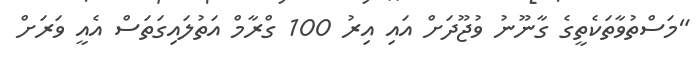
"މަސްތުވާތަކެތީގެ ގާނޫނު ވުޖޫދަށް އައި އިރު 100 ގްރާމް އަތުލައިގަތަސް އެއީ ވަރަށް